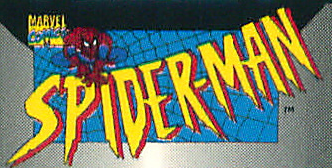
SPIDER-MAN